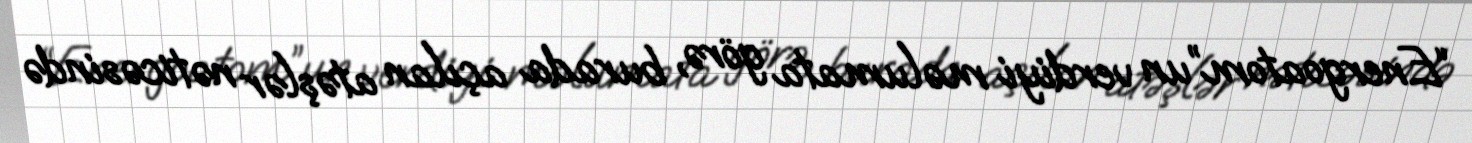
“Energoatom”un verdiyi məlumata görə, burada açılan atəşlər nəticəsində